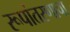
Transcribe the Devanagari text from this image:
रूपांतरणाचा